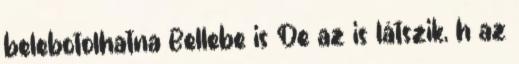
belebotolhatna Bellebe is De az is látszik, h az